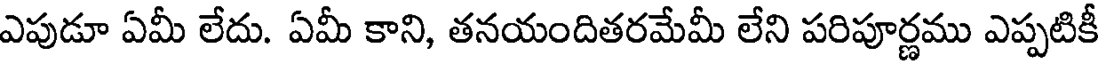
ఎపుడూ ఏమీ లేదు. ఏమీ కాని, తనయందితరమేమీ లేని పరిపూర్ణము ఎప్పటికీ